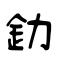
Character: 釛